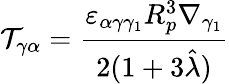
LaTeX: \mathcal{T}_{\gamma\alpha}=\frac{\varepsilon_{\alpha\gamma\gamma_{1}}R_{p}^{3}\nabla_{\gamma_{1}}}{2(1+3\hat{\lambda})}